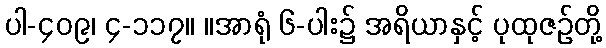
ပါ-၄၀၉၊ ၄-၁၁၇။ ။အာရုံ ၆-ပါး၌ အရိယာနှင့် ပုထုဇဉ်တို့